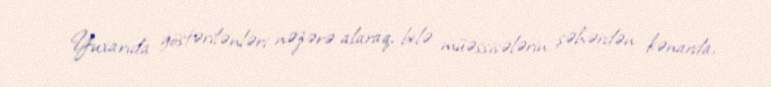
Yuxarıda göstərilənləri nəzərə alaraq, belə müəssisələrin şəhərdən kənarda,